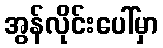
အွန်လိုင်းပေါ်မှာ